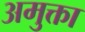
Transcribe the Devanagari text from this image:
अमुक्ता